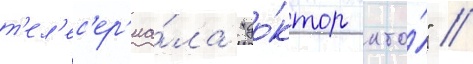
т'ел'ес'ер'иа́ла "до́ктор кто́" //